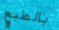
بالطبع